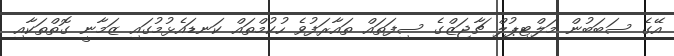
އޭގެ ސަބަބުން މަލްޓިޕުލް ޗާޖަޒްގެ ސިފަތައް ތައާރަފުވެ ހުކުމްތައް ކަނޑައެޅުމުގައި ޒަމާނީ ގޮތްތަކާއި